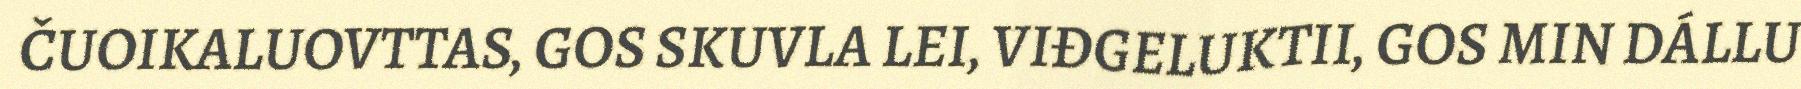
ČUOIKALUOVTTAS, GOS SKUVLA LEI, VIĐGELUKTII, GOS MIN DÁLLU